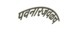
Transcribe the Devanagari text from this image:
पवनारजवळच